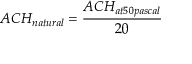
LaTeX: A C H _ { n a t u r a l } = { \frac { A C H _ { a t 5 0 p a s c a l } } { 2 0 } } \,